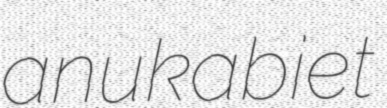
anukabiet